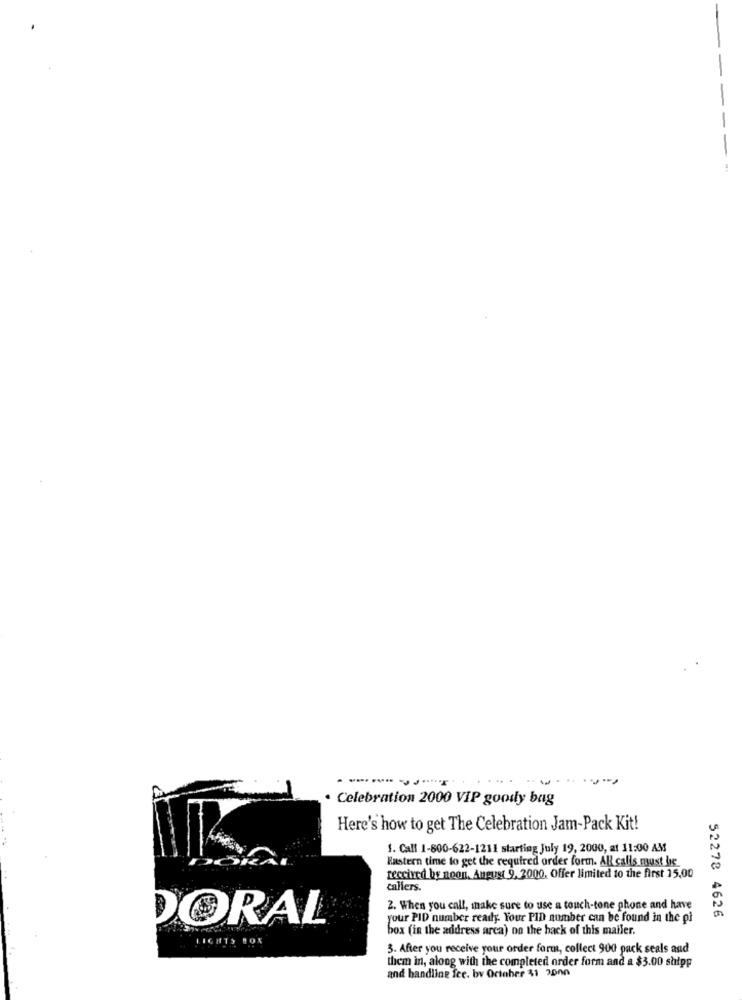
... .
· Celebration 2000 VIP goody bag
Here's how to get The Celebration Jam-Pack Kit!
1. Call 1-800-622-1211 starting July 19, 2000, at 11:00 AM
Eastern time to get the required order form. All calls must bic
received by noon. August 9, 2000, Offer limited to the first 15,00
callers.
2. When you call, make sure to use a touch-tone phone and have
DORAL
your PID number ready. Your PID number can be found in the pi
52278 4626
box (in the address arca) on the back of this mailer.
LIGHTS BOX
3. After you receive your order form, collect 900 pack seals and
them in, along with the completed order form and a $3.00 shipp
and handling fee. bv October 41 3000